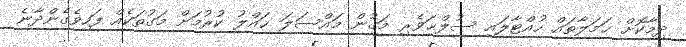
ދިމާކޮށް ޙަމަލާތައް ހުއްޓާލައި ސުލްޙަވެރި މަގުން މައްސަލަ ޙައްލު ކުރުމަށް މަގުތަކެއް ފަހިވެގެންދާނެ